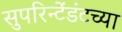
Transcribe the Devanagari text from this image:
सुपरिन्टेंडंटच्या